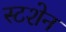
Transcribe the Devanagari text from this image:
स्टशेन